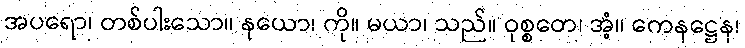
အပရော၊ တစ်ပါးသော။ နယော၊ ကို။ မယာ၊ သည်။ ဝုစ္စတေ၊ အံ့။ ကေနဋ္ဌေန၊